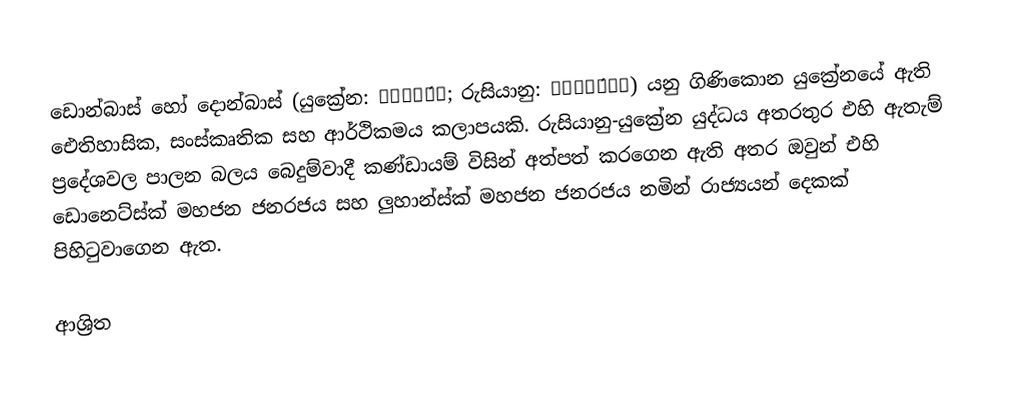
ඩොන්බාස් හෝ දොන්බාස් (යුක්‍රේන: Донба́с; රුසියානු: Донба́сс) යනු ගිණිකොන යුක්‍රේනයේ ඇති ඓතිහාසික, සංස්කෘතික සහ ආර්ථිකමය කලාපයකි. රුසියානු-යුක්‍රේන යුද්ධය අතරතුර එහි ඇතැම් ප්‍රදේශවල පාලන බලය බෙදුම්වාදී කණ්ඩායම් විසින් අත්පත් කරගෙන ඇති අතර ඔවුන් එහි ඩොනෙට්ස්ක් මහජන ජනරජය සහ ලුහාන්ස්ක් මහජන ජනරජය නමින් රාජ්‍යයන් දෙකක් පිහිටුවාගෙන ඇත.

ආශ්‍රිත